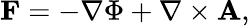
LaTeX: \mathbf{F}=-\nabla\Phi+\nabla\times\mathbf{A},